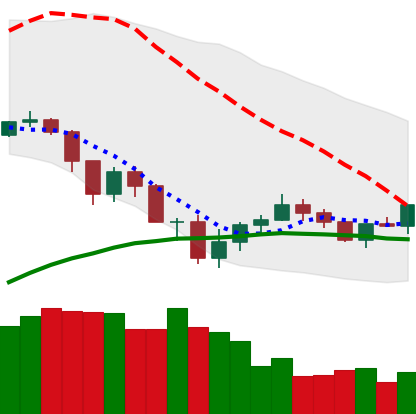
Ticker: ADA-USD
Chart end date: 2019-07-26
Forward return: -4.345%
Label: down_3_5